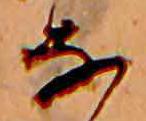
な